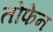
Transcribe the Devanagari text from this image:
तोफेन